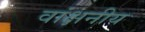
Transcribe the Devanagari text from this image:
वांक्षनीय